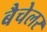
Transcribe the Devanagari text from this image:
बैचेलर